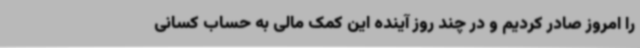
را امروز صادر کردیم و در چند روز آینده این کمک مالی به حساب کسانی